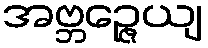
အဗ္ဘဉ္ဇေယျ